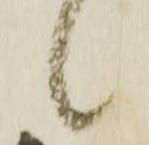
候